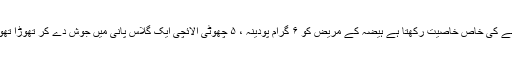
(۳) پودینہ :زہریلی اشیاء کے زہرکودور کرنے کی خاص خاصیت رکھتا ہے ہیضہ کے مریض کو ۶ گرام پودینہ ، ۵ چھوٹی الائچی ایک گلاس پانی میں جوش دے کر تھوڑا تھوڑا پلانے سے متلی اور قئے رُ ک جاتی ہے۔